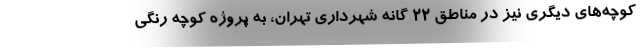
کوچه‌های دیگری نیز در مناطق ۲۲ گانه شهرداری تهران، به پروژه کوچه رنگی